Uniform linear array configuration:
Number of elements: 24
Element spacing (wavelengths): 1
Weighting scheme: hann
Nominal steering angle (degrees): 30
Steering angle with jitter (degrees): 29.36
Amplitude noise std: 0.05
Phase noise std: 0.05

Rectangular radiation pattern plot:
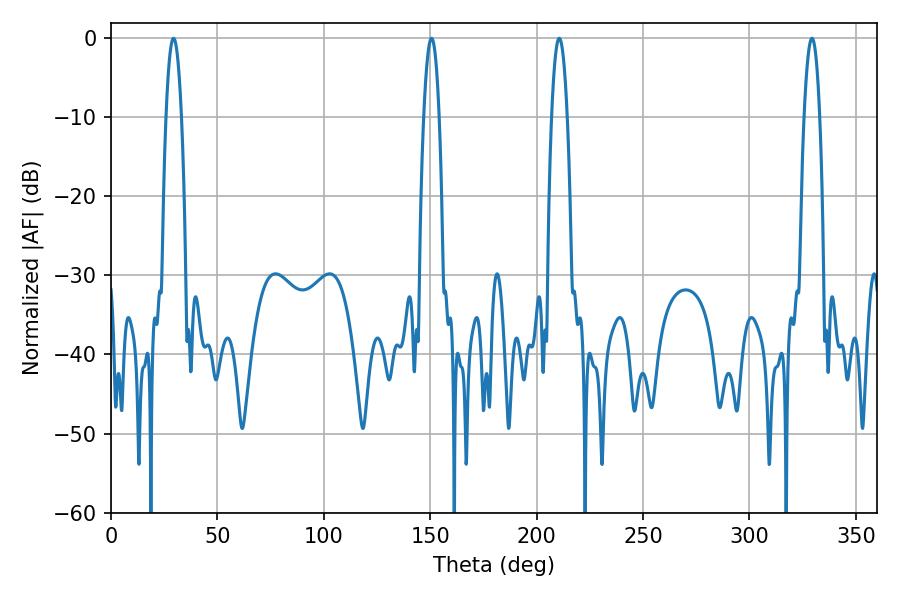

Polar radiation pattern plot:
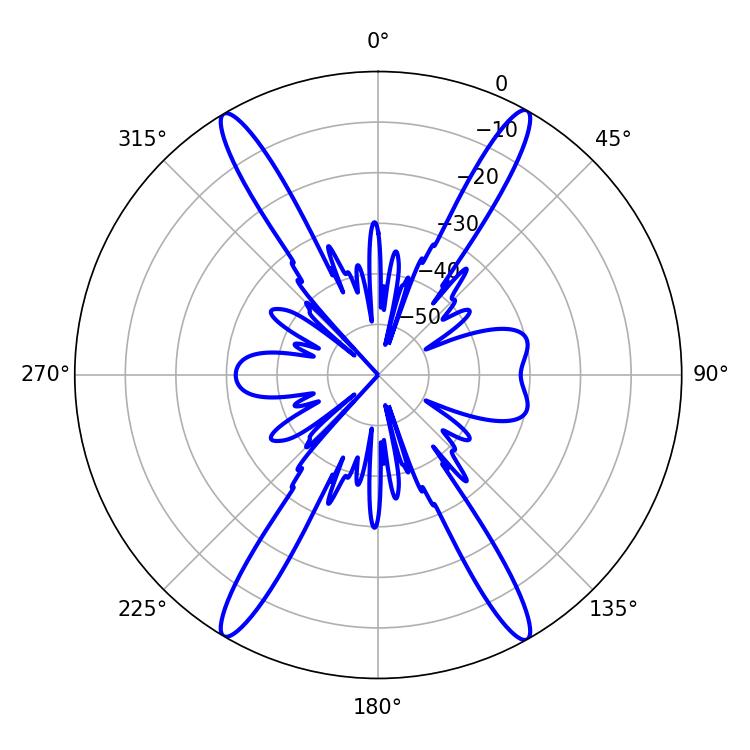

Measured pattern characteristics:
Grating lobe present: TRUE
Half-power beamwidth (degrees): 3.96
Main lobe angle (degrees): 210.6